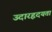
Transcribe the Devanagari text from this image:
उदारहृदयता